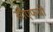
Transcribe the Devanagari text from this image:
सीएफबी